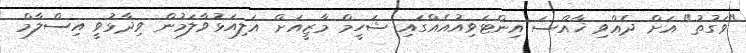
"ވަގުތު" އަށް ދެއްވި ޚާއްސަ އިންޓަވިއުއެއްގައި ޝަހީމް މާޒީއަށް އަލިއަޅުވާލަމުން ވިދާޅުވީ އިސްލާމް